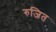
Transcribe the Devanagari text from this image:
रुजित